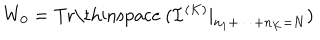
W _ { 0 } = \mathrm { T r \thinspace ~ } ( { \mathcal I } ^ { ( K ) } | _ { n _ { 1 } + \cdots + n _ { K } = N } )